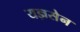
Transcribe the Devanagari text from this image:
यज्ञसेन